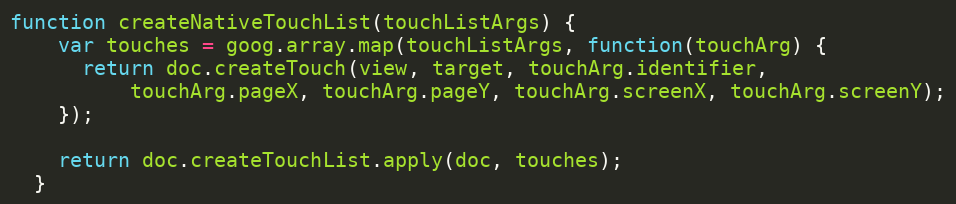
Language: JavaScript
function createNativeTouchList(touchListArgs) {
    var touches = goog.array.map(touchListArgs, function(touchArg) {
      return doc.createTouch(view, target, touchArg.identifier,
          touchArg.pageX, touchArg.pageY, touchArg.screenX, touchArg.screenY);
    });

    return doc.createTouchList.apply(doc, touches);
  }